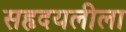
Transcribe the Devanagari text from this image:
सहृदयलीला